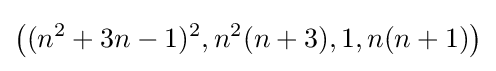
{\bigl (}(n^{2}+3n-1)^{2},n^{2}(n+3),1,n(n+1){\bigr )}